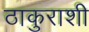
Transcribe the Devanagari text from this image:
ठाकुराशी